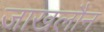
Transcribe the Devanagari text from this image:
जाखलौन